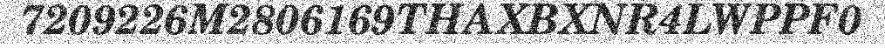
7209226M2806169THAXBXNR4LWPPF0